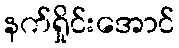
နက်ရှိုင်းအောင်